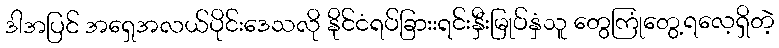
ဒါအပြင် အရှေအလယ်ပိုင်းဒေသလို နိုင်ငံရပ်ခြားးရင်းနှီးမြုပ်နှံသူ တွေကြုံတွေ့ရလေ့ရှိတဲ့